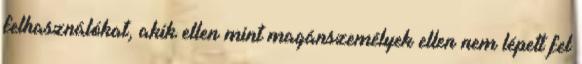
felhasználókat, akik ellen mint magánszemélyek ellen nem lépett fel